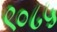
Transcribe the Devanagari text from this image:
९०८५